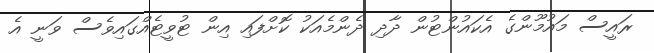
ރައީސް މައުމޫންގެ އެކައުންޓުން ދާދި ދެންމެއަކު ކޮށްފައި އިން ޓުވީޓެއްގައިވެސް ވަނީ އެ